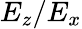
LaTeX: E_{z}/E_{x}